Scottish Leaving Certificate Examination, 1955
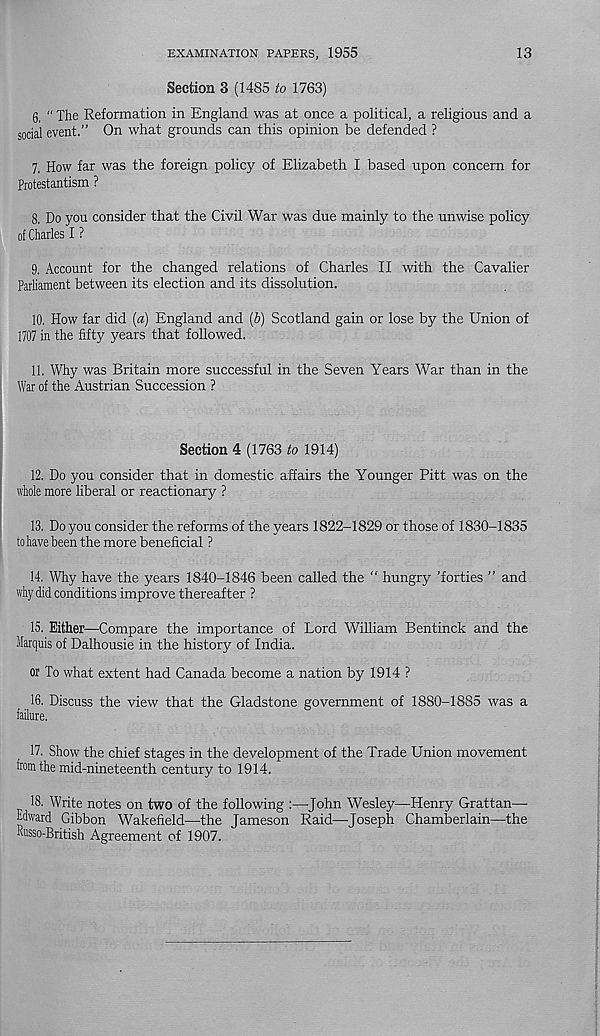
EXAMINATION PAPERS, 1955
13
Section 3 (1485 to 1763)
6. “ The Reformation in England was at once a political, a religious and a
social event.” On what grounds can this opinion be defended ?
7. How far was the foreign policy of Elizabeth I based upon concern for
Protestantism ?
8. Do you consider that the Civil War was due mainly to the unwise policy
of Charles I ?
9. Account for the changed relations of Charles II with the Cavalier
Parliament between its election and its dissolution.
10. How far did {a) England and (5) Scotland gain or lose by the Union of
1707 in the fifty years that followed.
11. Why was Britain more successful in the Seven Years War than in the
War of the Austrian Succession ?
Section 4 (1763 to 1914)
12. Do you consider that in domestic affairs the Younger Pitt was on the
whole more liberal or reactionary ?
13. Do you consider the reforms of the years 1822-1829 or those of 1830-1835
to have been the more beneficial ?
14. Why have the years 1840-1846 been called the “ hungry 'forties ” and
why did conditions improve thereafter ?
15. Either—Compare the importance of Lord William Bentinck and the
Marquis of Dalhousie in the history of India.
or To what extent had Canada become a nation by 1914 ?
16. Discuss the view that the Gladstone government of 1880-1885 was a
failure.
17. Show' the chief stages in the development of the Trade Union movement
from the mid-nineteenth century to 1914.
18. Write notes on two of the following :—John Wesley—Henry Grattan—
Edward Gibbon Wakefield—the Jameson Raid—Joseph Chamberlain—the
Russo-British Agreement of 1907.